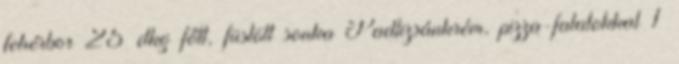
fehérbor 25 dkg főtt, füstölt sonka Padlizsánkrém, pizza-falatokkal 1